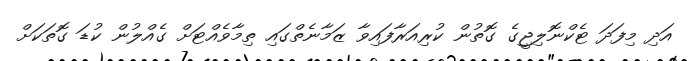
އަދި މިފަދަ ޓެކްނޮލިޖީގެ ގޮތުން ކުރިއަރާފައިވާ ޒަމާނެތްގައި ތިމާވެއްޓަށް ގެއްލުން ކުޑަ ގޮތަކަށް